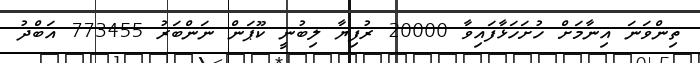
ތިންވަނަ އިނާމަށް ހުށަހަޅާފައިވާ 20000 ރުފިޔާ ލިބުނީ ކޫޕަން ނަންބަރު 773455 އަބްދު